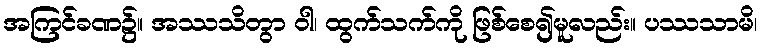
အကြင်ခဏ၌။ အဿသိတွာ ဝါ၊ ထွက်သက်ကို ဖြစ်စေ၍မူလည်း။ ပဿသာမိ၊